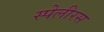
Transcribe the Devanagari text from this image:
स्पेलीरस